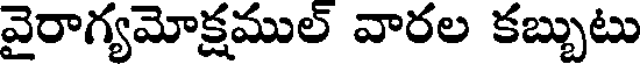
వైరాగ్యమోక్షముల్ వారల కబ్బుటు